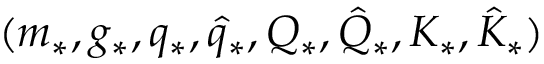
( m _ { * } , g _ { * } , q _ { * } , \hat { q } _ { * } , Q _ { * } , \hat { Q } _ { * } , K _ { * } , \hat { K } _ { * } )